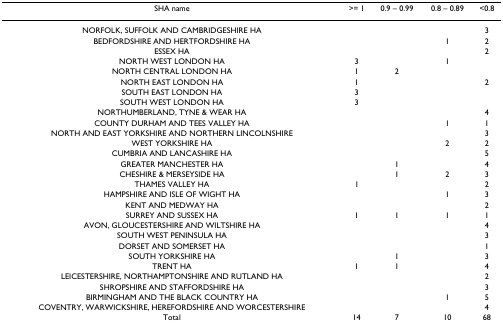
| SHA name | >= 1 | 0.9 – 0.99 | 0.8 – 0.89 | <0.8 |
 | --- | --- | --- | --- | --- |
 | NORFOLK, SUFFOLK AND CAMBRIDGESHIRE HA |  |  |  | 3 |
 | BEDFORDSHIRE AND HERTFORDSHIRE HA |  |  | 1 | 2 |
 | ESSEX HA |  |  |  | 2 |
 | NORTH WEST LONDON HA | 3 |  | 1 |  |
 | NORTH CENTRAL LONDON HA | 1 | 2 |  |  |
 | NORTH EAST LONDON HA | 1 |  |  | 2 |
 | SOUTH EAST LONDON HA | 3 |  |  |  |
 | SOUTH WEST LONDON HA | 3 |  |  |  |
 | NORTHUMBERLAND, TYNE & WEAR HA |  |  |  | 4 |
 | COUNTY DURHAM AND TEES VALLEY HA |  |  | 1 | 1 |
 | NORTH AND EAST YORKSHIRE AND NORTHERN LINCOLNSHIRE |  |  |  | 3 |
 | WEST YORKSHIRE HA |  |  | 2 | 2 |
 | CUMBRIA AND LANCASHIRE HA |  |  |  | 5 |
 | GREATER MANCHESTER HA |  | 1 |  | 4 |
 | CHESHIRE & MERSEYSIDE HA |  | 1 | 2 | 3 |
 | THAMES VALLEY HA | 1 |  |  | 2 |
 | HAMPSHIRE AND ISLE OF WIGHT HA |  |  | 1 | 3 |
 | KENT AND MEDWAY HA |  |  |  | 2 |
 | SURREY AND SUSSEX HA | 1 | 1 | 1 | 1 |
 | AVON, GLOUCESTERSHIRE AND WILTSHIRE HA |  |  |  | 4 |
 | SOUTH WEST PENINSULA HA |  |  |  | 3 |
 | DORSET AND SOMERSET HA |  |  |  | 1 |
 | SOUTH YORKSHIRE HA |  | 1 |  | 3 |
 | TRENT HA | 1 | 1 |  | 4 |
 | LEICESTERSHIRE, NORTHAMPTONSHIRE AND RUTLAND HA |  |  |  | 2 |
 | SHROPSHIRE AND STAFFORDSHIRE HA |  |  |  | 3 |
 | BIRMINGHAM AND THE BLACK COUNTRY HA |  |  | 1 | 5 |
 | COVENTRY, WARWICKSHIRE, HEREFORDSHIRE AND WORCESTERSHIRE |  |  |  | 4 |
 | Total | 14 | 7 | 10 | 68 |